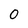
Character: 0